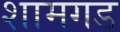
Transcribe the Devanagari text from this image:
शामगड